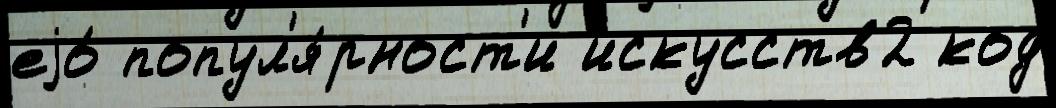
еjо́ попул'я́рност'и искусств2 код